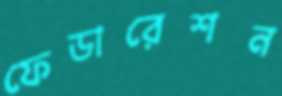
ফেডারেশন